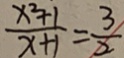
\frac { x ^ { 2 } + 1 } { x + 1 } = \frac { 3 } { 2 }